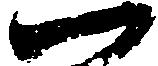
一